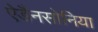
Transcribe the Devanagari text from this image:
ऐडैनसोनिया